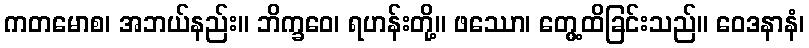
ကတမောစ၊ အဘယ်နည်း။ ဘိက္ခဝေ၊ ရဟန်းတို့။ ဖဿော၊ တွေ့ထိခြင်းသည်။ ဝေဒနာနံ၊